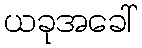
ယခုအခေါ်